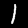
Label: 1